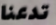
تدعنا